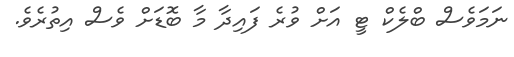
ނަމަވެސް ބްލެކް ޓީ އަށް ވުރެ ފައިދާ މާ ބޮޑަށް ވެސް އިތުރެވެ.